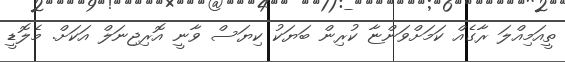
ތީއަމިއްލަ ރާގެއް ކަމަށްވަންޏާ ކުރިން ބަޔަކު ކިޔަސް ވާނީ އޮރިޖިނަލް އަކަށް. މެލޮޑީ